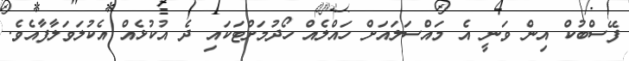
ފޭސްބުކް އިން ވަނީ އެ މައްސަލައަށް ހައްލެއް ހޯދުމަށްޓަކައި ދެ އުކުޅެއް އެކުލަވަލާފާއެވެ.